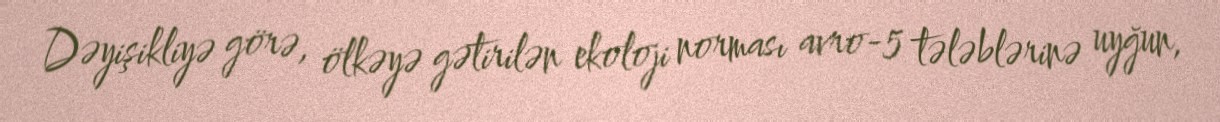
Dəyişikliyə görə, ölkəyə gətirilən ekoloji norması avro-5 tələblərinə uyğun,